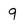
Character: 9